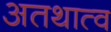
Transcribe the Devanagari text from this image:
अतथात्व